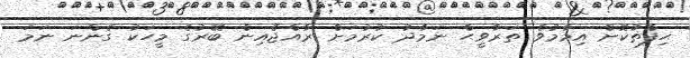
ޙިފްޡުކޮށް އިމާމުވެ ތަރާވީޙް ނަމާދު ކުރުމަށް ރާއްޖެއިން ބޭރުގެ މީހަކު ގެންނަ ނަމަ